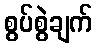
စွပ်စွဲချက်